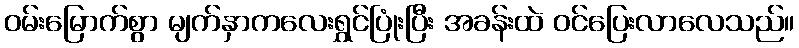
ဝမ်းမြောက်စွာ မျက်နှာကလေးရွှင်ပြုံးပြီး အခန်းထဲ ဝင်ပြေးလာလေသည်။